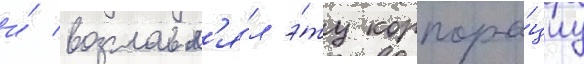
и́ возглавл'я́л э́ту корпора́циу